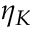
\eta _ { K }